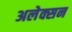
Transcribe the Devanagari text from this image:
अलेक्सन